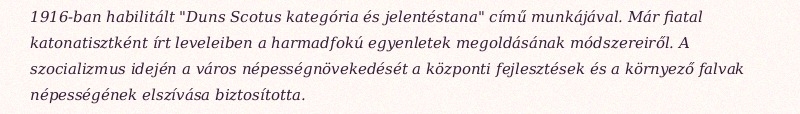
1916-ban habilitált "Duns Scotus kategória és jelentéstana" című munkájával. Már fiatal katonatisztként írt leveleiben a harmadfokú egyenletek megoldásának módszereiről. A szocializmus idején a város népességnövekedését a központi fejlesztések és a környező falvak népességének elszívása biztosította.